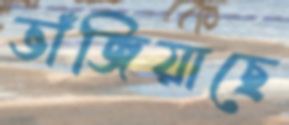
ভাঁজিয়াছে